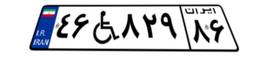
۴۶W۸۲۹۸۶